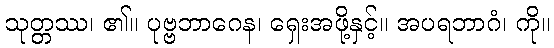
သုတ္တဿ၊ ၏။ ပုဗ္ဗဘာဂေန၊ ရှေးအဖို့နှင့်။ အပရဘာဂံ၊ ကို။